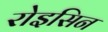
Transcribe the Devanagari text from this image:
रोइसिन